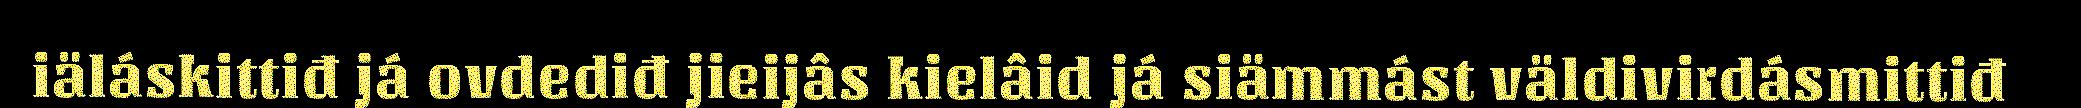
iäláskittiđ já ovdediđ jieijâs kielâid já siämmást väldivirdásmittiđ